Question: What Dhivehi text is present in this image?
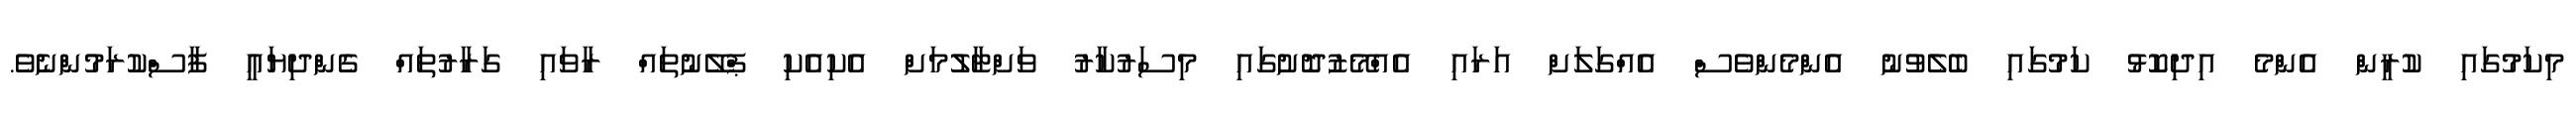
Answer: މިކަމުގައި ކުރީން އެންމެ އިދިކޮޅު ކަމުގައި ބެލެވުނު އެންމެންވެސް އެއްގަލަށް އަރައި އެއްމޭޒުދޮށުގައި މިސަރުކާރު ވަށްޓާލުމަށް އެކިއެކި ޕްލޭނުތައް ރާވައި ގަރާރުތައް ގެންދިޔައީ ފާސްކުރަމުންނެވެ.